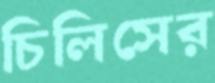
চিলিসের